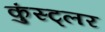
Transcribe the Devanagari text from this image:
कुंस्ट्लर